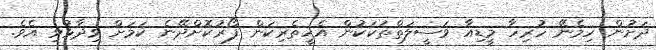
ދަށުން ހިމެނޭ ހުރިހާ މީޑިއާ ވަސީލަތްތަކަކުން އެހީތެރިކަން ފޯރުކޮށްދޭނެ ކަމަށް ވިދާޅުވި އެވެ.